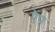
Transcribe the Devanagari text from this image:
ऐंप